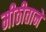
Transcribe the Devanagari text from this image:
मीठीतानें